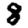
Digit: 8